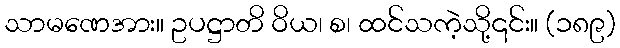
သာမဏေအား။ ဥပဋ္ဌာတိ ဝိယ၊ စ၊ ထင်သကဲ့သို့၎င်း။ (၁၈၉)